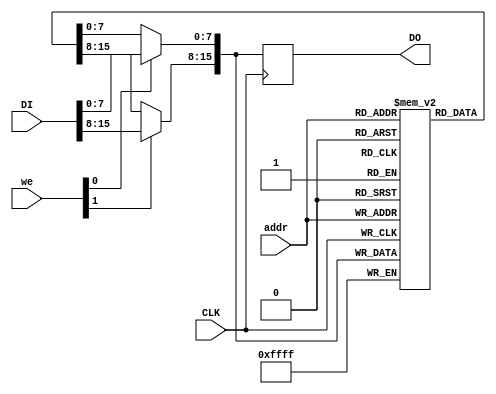
`timescale 1ns / 1ps

module singlePort_blockRAM_byteWideWriteEnable_WriteFirstMode(CLK, we, addr, DI, DO);
	parameter SIZE = 512;
	parameter ADD_WIDTH = 9;
	parameter DI_WIDTH = 8;
	
	input CLK;
	input [1:0] we;
	input [ADD_WIDTH - 1 : 0] addr;
	input [2 * DI_WIDTH - 1 : 0] DI;
	output reg [2 * DI_WIDTH - 1 : 0] DO;
	
	reg [2 * DI_WIDTH - 1 : 0] RAM [SIZE - 1 : 0];
	reg [DI_WIDTH - 1 : 0] diH, diL, doH, doL;
	
	always @ (we or DI) begin
		if (we[1]) begin
			diH = DI[2 * DI_WIDTH - 1 : 1 * DI_WIDTH];
			doH = DI[2 * DI_WIDTH - 1 : 1 * DI_WIDTH];
		end
		else begin
			diH = RAM[addr][2 * DI_WIDTH - 1 : 1 * DI_WIDTH];
			doH = RAM[addr][2 * DI_WIDTH - 1 : 1 * DI_WIDTH];
		end
		if (we[0]) begin
			diL = DI[DI_WIDTH - 1 : 0];
			doL = DI[DI_WIDTH - 1 : 0];
		end
		else begin
			diL = RAM[addr][DI_WIDTH - 1 : 0];
			doL = RAM[addr][DI_WIDTH - 1 : 0];
		end
	end
	
	always @ (posedge CLK) begin
		RAM[addr] <= {diH, diL};
		DO <= {doH, doL};
	end
	
endmodule